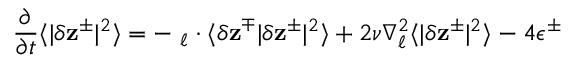
\frac { \partial } { \partial t } \langle | \delta \mathbf { z } ^ { \pm } | ^ { 2 } \rangle = - \mathbf { \nabla } _ { \boldsymbol { \ell } } \cdot \langle \delta \mathbf { z } ^ { \mp } | \delta \mathbf { z } ^ { \pm } | ^ { 2 } \rangle + 2 \nu \nabla _ { \boldsymbol { \ell } } ^ { 2 } \langle | \delta \mathbf { z } ^ { \pm } | ^ { 2 } \rangle - 4 \epsilon ^ { \pm }